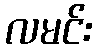
လမင်း